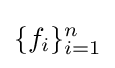
\{f_{i}\}_{i=1}^{n}